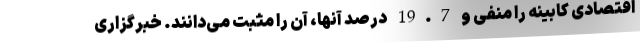
اقتصادی کابینه را منفی و 19.7 درصد آنها، آن را مثبت می‌دانند. خبرگزاری